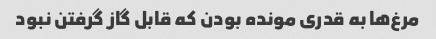
مرغ‌ها به قدری مونده بودن که قابل گاز گرفتن نبود